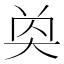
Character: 𡘔